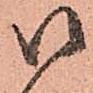
御